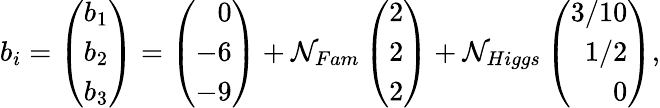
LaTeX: b_{i}=\left(\begin{array}{r}{{b_{1}}}\\ {{b_{2}}}\\ {{b_{3}}}\end{array}\right)=\left(\begin{array}{r}{{0}}\\ {{-6}}\\ {{-9}}\end{array}\right)+\mathcal{N}_{Fam}\left(\begin{array}{r}{{2}}\\ {{2}}\\ {{2}}\end{array}\right)+\mathcal{N}_{Higgs}\left(\begin{array}{r}{{3/10}}\\ {{1/2}}\\ {{0}}\end{array}\right),